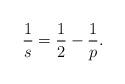
LaTeX: \begin{align*}\frac{1}{s}=\frac{1}{2}-\frac{1}{p}.\end{align*}